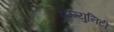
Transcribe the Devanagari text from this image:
इम्म्युनिटी